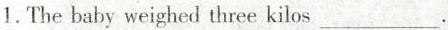
1.The baby weighed three kilos___.